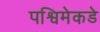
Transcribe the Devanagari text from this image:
पश्विमेकडे